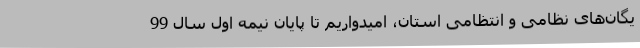
یگان‌های نظامی و انتظامی استان، امیدواریم تا پایان نیمه اول سال 99